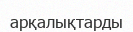
арқалықтарды